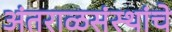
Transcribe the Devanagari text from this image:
अंतराळसंस्थांचे